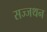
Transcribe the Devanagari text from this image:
सज्जथन